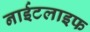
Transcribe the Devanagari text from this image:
नाईटलाइफ